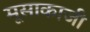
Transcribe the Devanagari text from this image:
मूसाकाजी